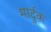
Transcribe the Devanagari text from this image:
मार्दुक